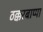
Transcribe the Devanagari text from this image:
ठक्करबाप्पा